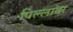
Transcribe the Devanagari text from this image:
पिल्लावर